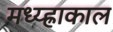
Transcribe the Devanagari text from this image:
मध्य्ह्राकाल